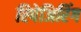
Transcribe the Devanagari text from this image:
रिपेअिरिंग